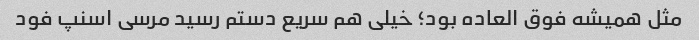
مثل همیشه فوق العاده بود؛ خیلی هم سریع دستم رسید مرسی اسنپ فود